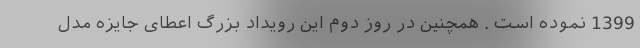
1399 نموده است . همچنین در روز دوم این رویداد بزرگ اعطای جایزه مدل